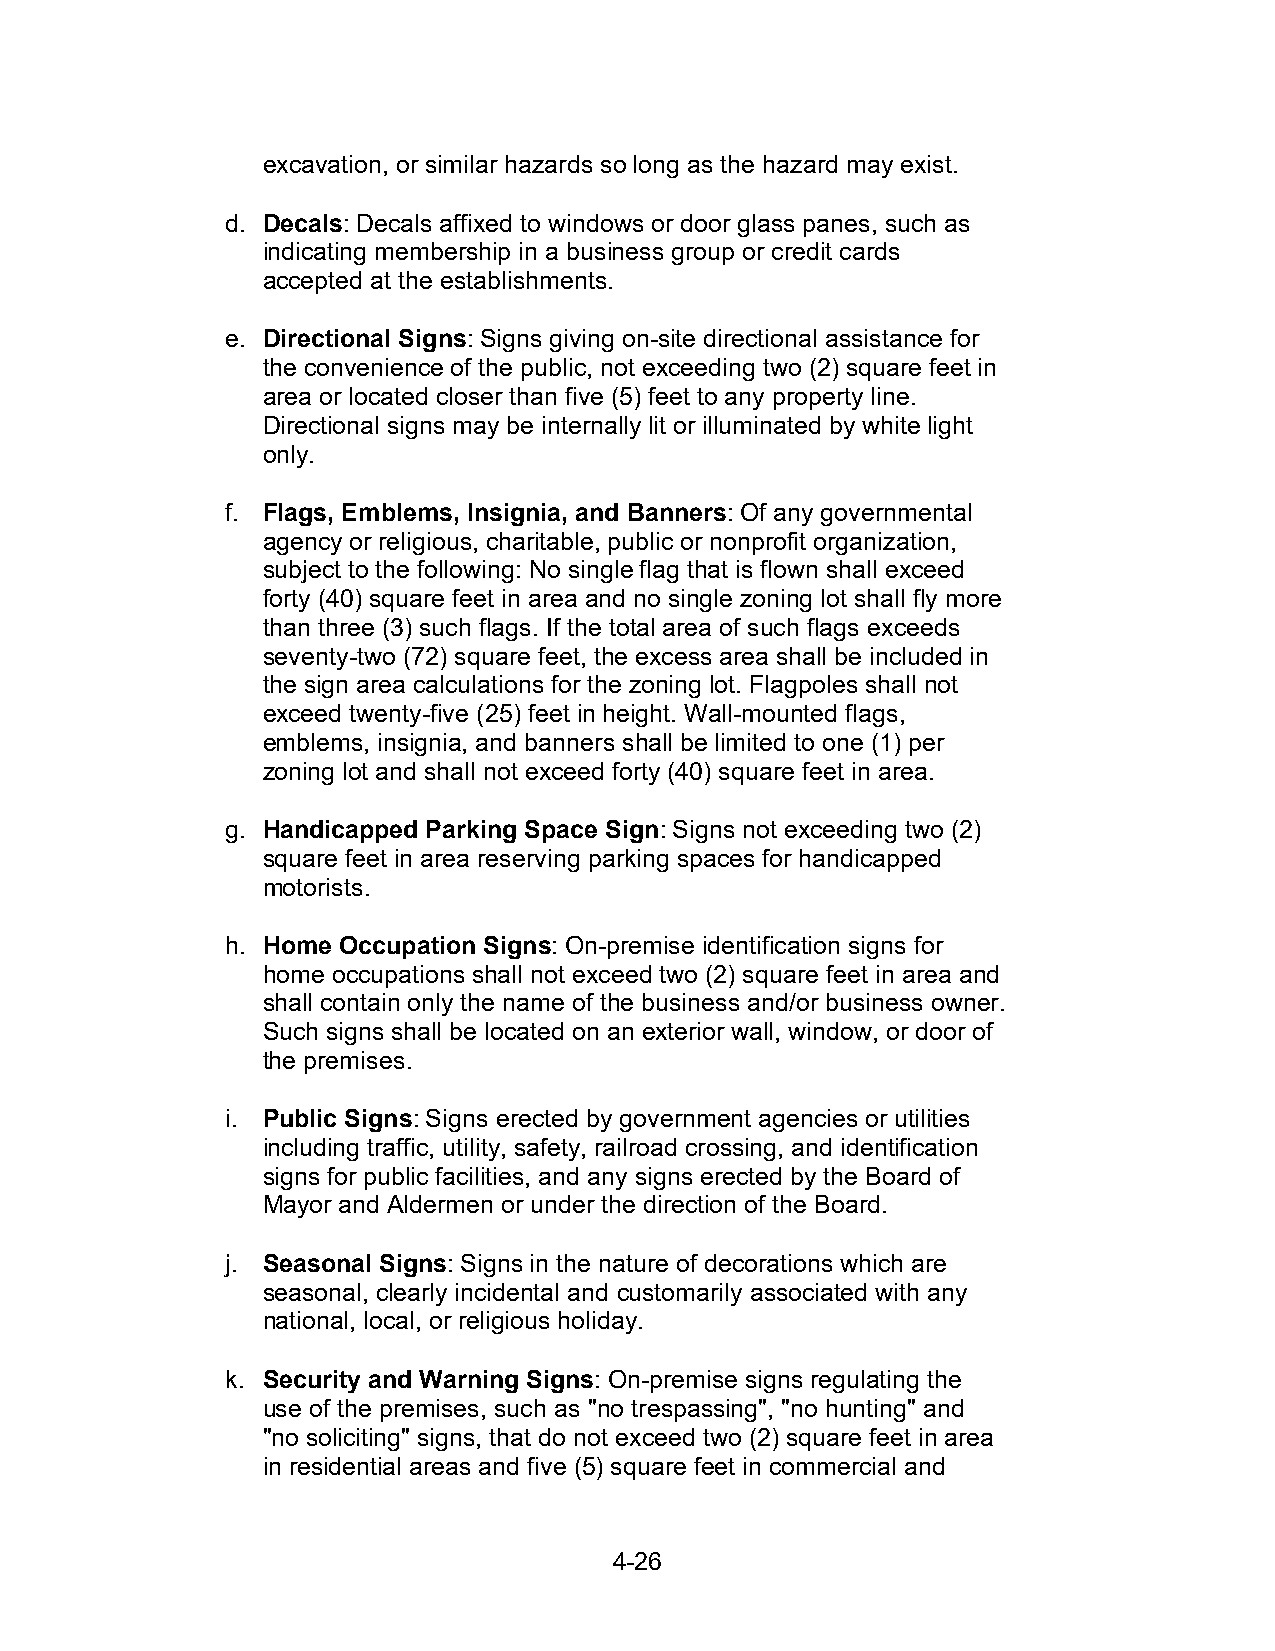
excavation, or similar hazards so long as the hazard may exist.
 d. Decals: Decals affixed to windows or door glass panes, such as
 indicating membership in a business group or credit cards
 accepted at the establishments.
 e. Directional Signs: Signs giving on-site directional assistance for
 the convenience of the public, not exceeding two (2) square feet in
 area or located closer than five (5) feet to any property line.
 Directional signs may be internally lit or illuminated by white light
 only.
 f. Flags, Emblems, Insignia, and Banners: Of any governmental
 agency or religious, charitable, public or nonprofit organization,
 subject to the following: No single flag that is flown shall exceed
 forty (40) square feet in area and no single zoning lot shall fly more
 than three (3) such flags. If the total area of such flags exceeds
 seventy-two (72) square feet, the excess area shall be included in
 the sign area calculations for the zoning lot. Flagpoles shall not
 exceed twenty-five (25) feet in height. Wall-mounted flags,
 emblems, insignia, and banners shall be limited to one (1) per
 zoning lot and shall not exceed forty (40) square feet in area.
 g. Handicapped Parking Space Sign: Signs not exceeding two (2)
 square feet in area reserving parking spaces for handicapped
 motorists.
 h. Home Occupation Signs: On-premise identification signs for
 home occupations shall not exceed two (2) square feet in area and
 shall contain only the name of the business and/or business owner.
 Such signs shall be located on an exterior wall, window, or door of
 the premises.
 i. Public Signs: Signs erected by government agencies or utilities
 including traffic, utility, safety, railroad crossing, and identification
 signs for public facilities, and any signs erected by the Board of
 Mayor and Aldermen or under the direction of the Board.
 j. Seasonal Signs: Signs in the nature of decorations which are
 seasonal, clearly incidental and customarily associated with any
 national, local, or religious holiday.
 k. Security and Warning Signs: On-premise signs regulating the
 use of the premises, such as "no trespassing", "no hunting" and
 "no soliciting" signs, that do not exceed two (2) square feet in area
 in residential areas and five (5) square feet in commercial and
 4-26